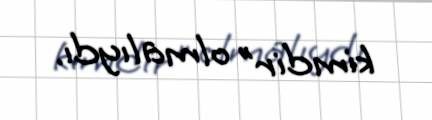
kimdir” olmalıydı.